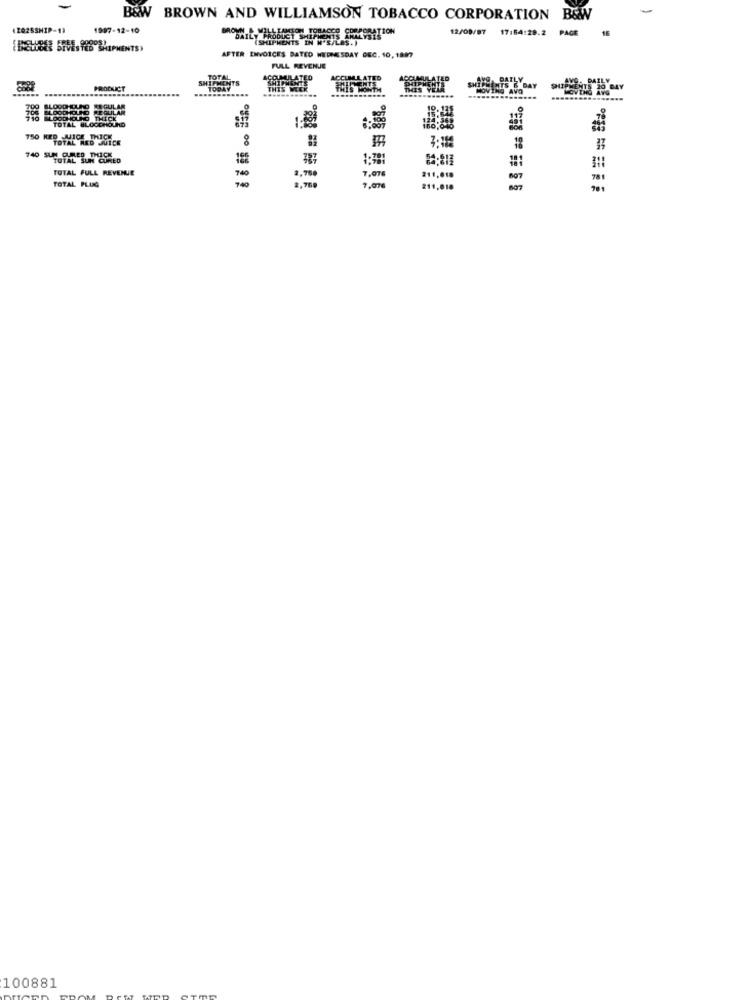
B&W BROWN AND WILLIAMSON TOBACCO CORPORATION
B&W
42025SHIP-13
1997-12-10
12/09/97
17:54:28.2
PAGE
"APRILY PRODUCT SHIPMENTS KRYY
(SHIPMENTS IN W'S/LAS. )
TOBACCO CORPORATION
(BOWSER BIVESTED SHIPMENTS)
AFTER ENVOICES BATED WEDNESDAY DEC. 10, 18977
FULL REVENJE
SHITLAINTS
TOTAL
SHIPHE
CCUMULATED
ITED
PRODUCT
TODAY
THIS WEEK
.......
BLOODHOUND REGULAR
TOTAL RED
3:182
740 SUC 8
TOTAL FULL REVENUE
740
8,760
7,07
TOTAL PLUG
740
2.769
21,01
807
211,018
901
100881